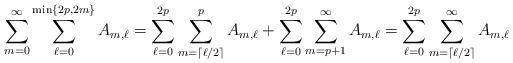
LaTeX: \begin{align*}\sum_{m=0}^{\infty}\sum_{\ell=0}^{\min\{2p,2m\}}A_{m,\ell}=\sum_{\ell=0}^{2p}\sum_{m=\lceil\ell/2\rceil}^{p}A_{m,\ell}+\sum_{\ell=0}^{2p}\sum_{m=p+1}^{\infty}A_{m,\ell}=\sum_{\ell=0}^{2p}\sum_{m=\lceil\ell/2\rceil}^{\infty}A_{m,\ell}\end{align*}